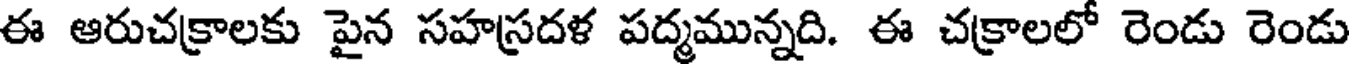
ఈ ఆరుచక్రాలకు పైన సహస్రదళ పద్మమున్నది. ఈ చక్రాలలో రెండు రెండు